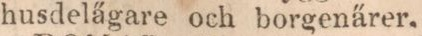
husdelägare och borgenärer.